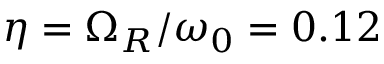
\eta = \Omega _ { R } / \omega _ { 0 } = 0 . 1 2